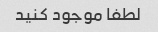
لطفا موجود کنید